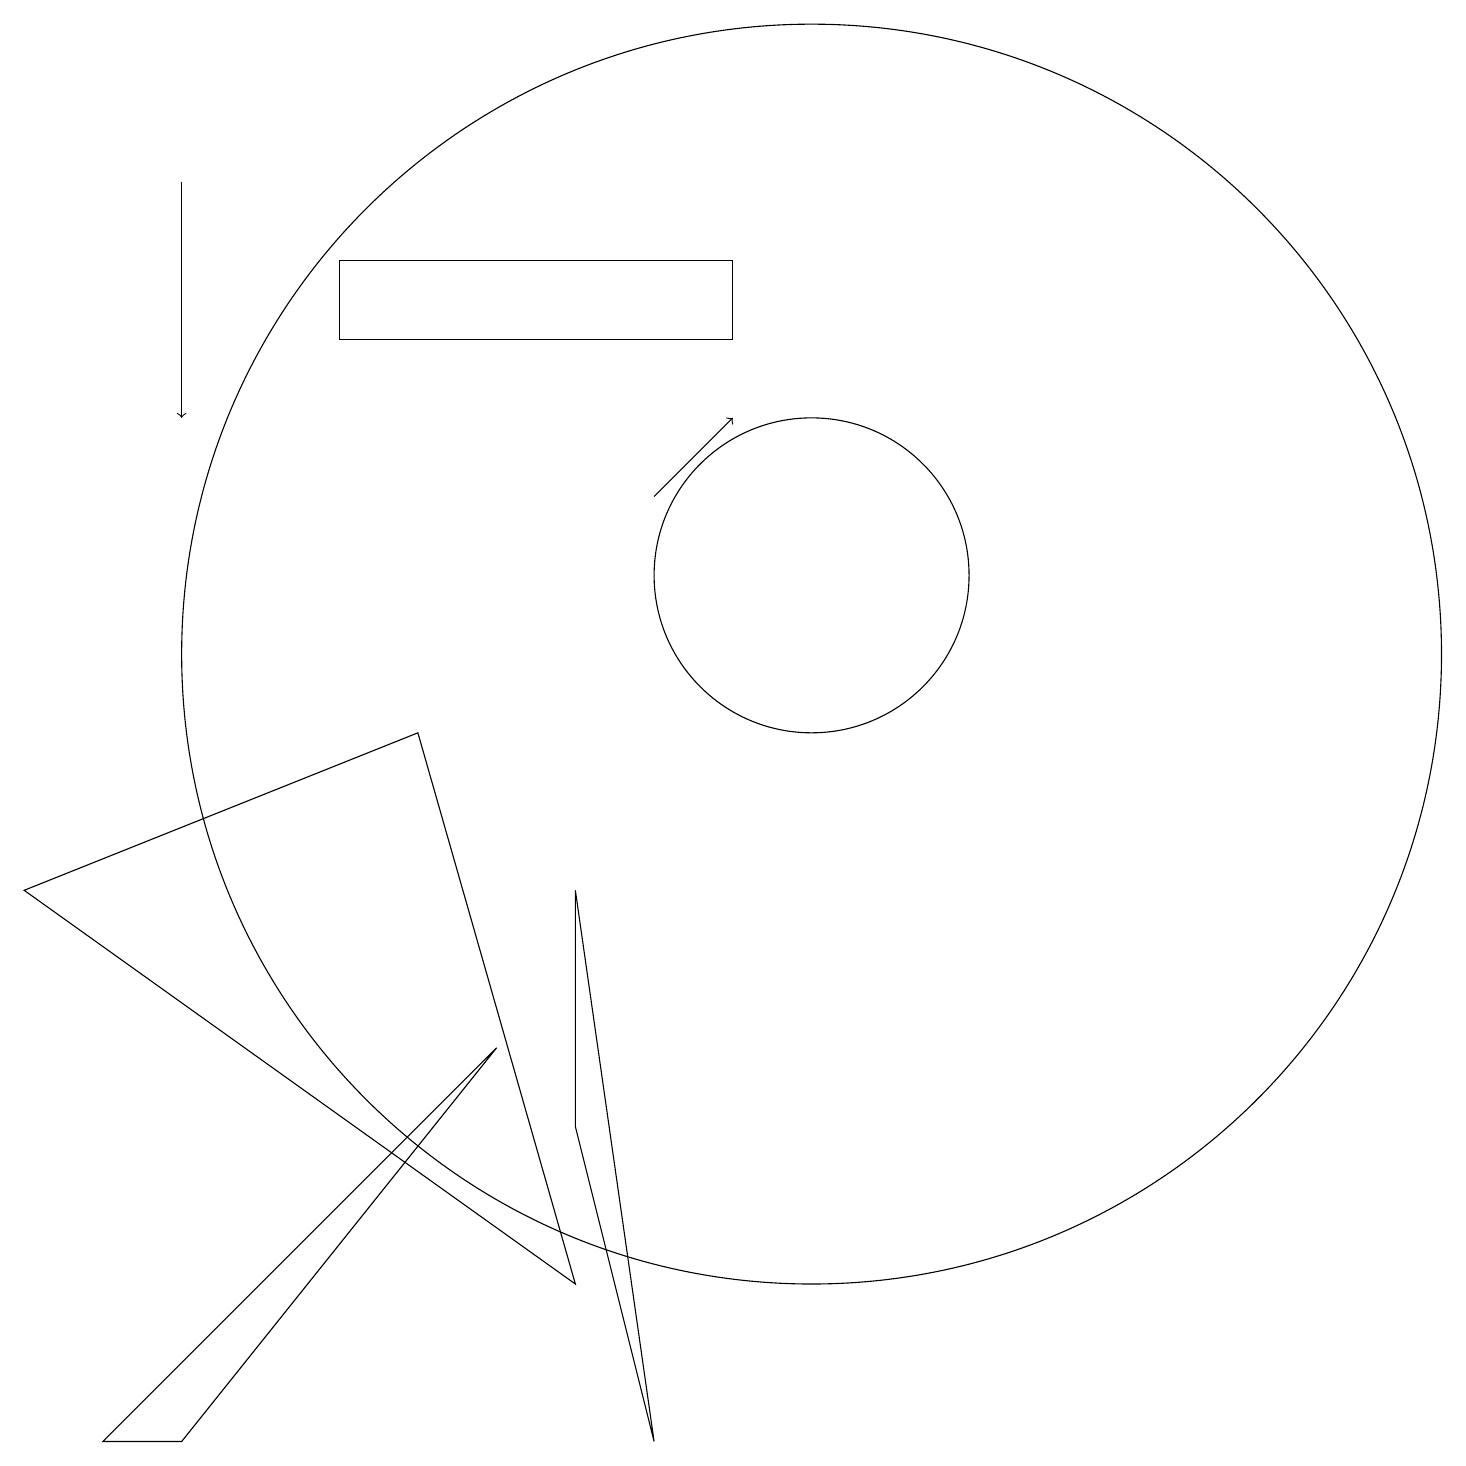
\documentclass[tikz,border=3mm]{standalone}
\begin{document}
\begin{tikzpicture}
\draw (9,14) rectangle (4,15);
\draw (10,10) circle (8);
\draw (6,5) -- (2,0) -- (1,0) -- cycle;
\draw[->] (8,12) -- (9,13);
\draw (8,0) -- (7,4) -- (7,7) -- cycle;
\draw (10,11) circle (2);
\draw[->] (2,16) -- (2,13);
\draw (7,2) -- (5,9) -- (0,7) -- cycle;
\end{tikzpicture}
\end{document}